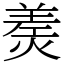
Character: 㷢